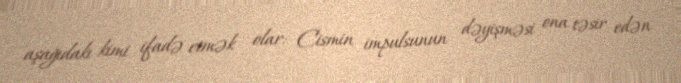
aşağıdakı kimi ifadə etmək olar: Cismin impulsunun dəyişməsi ona təsir edən